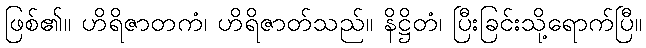
ဖြစ်၏။ ဟိရိဇာတကံ၊ ဟိရိဇာတ်သည်။ နိဋ္ဌိတံ၊ ပြီးခြင်းသို့ရောက်ပြီ။